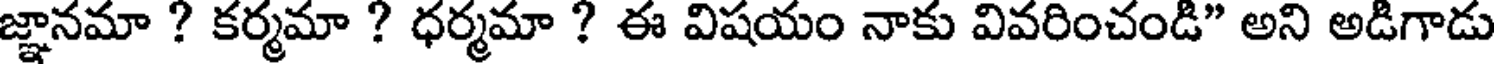
జ్ఞానమా ? కర్మమా ? ధర్మమా ? ఈ విషయం నాకు వివరించండి" అని అడిగాడు